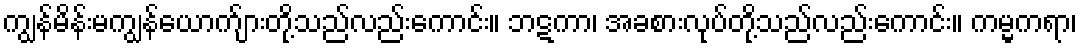
ကျွန်မိန်းမကျွန်ယောက်ျားတို့သည်လည်းကောင်း။ ဘဋကာ၊ အခစားလုပ်တို့သည်လည်းကောင်း။ ကမ္မကရာ၊